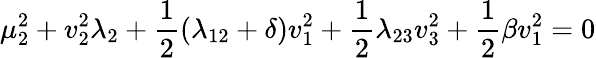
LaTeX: \mu_{2}^{2}+v_{2}^{2}\lambda_{2}+\frac{1}{2}(\lambda_{12}+\delta)v_{1}^{2}+\frac{1}{2}\lambda_{23}v_{3}^{2}+\frac{1}{2}\beta v_{1}^{2}=0